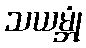
သယမ္ဘုံ